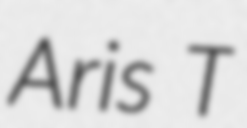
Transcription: Aris T